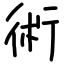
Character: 術